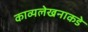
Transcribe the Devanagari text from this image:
काव्यलेखनाकडे